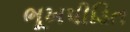
ભૂખપીડિત